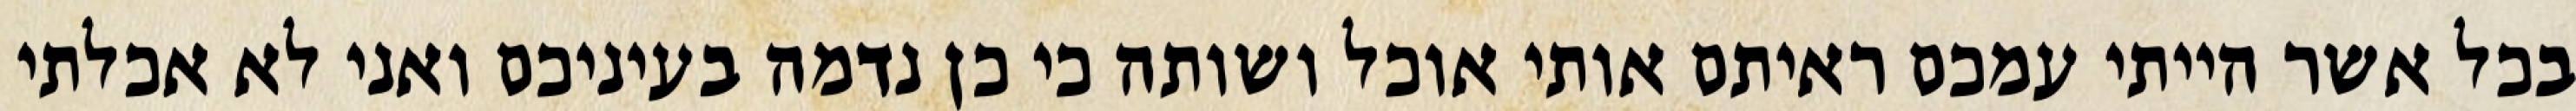
בכל אשר הייתי עמכם ראיתם אותי אוכל ושותה כי כן נדמה בעיניכם ואני לא אכלתי